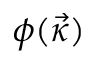
\phi ( \vec { \kappa } )